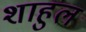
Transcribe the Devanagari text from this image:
शाहुल